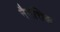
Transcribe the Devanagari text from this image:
नैमत्तिक